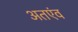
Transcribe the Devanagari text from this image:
अतएंव